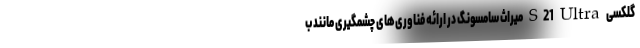
گلکسی S21 Ultra میراث سامسونگ در ارائه فناوری‌های چشمگیری مانند ب